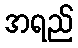
အရည်